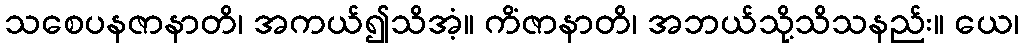
သစေပနဇာနာတိ၊ အကယ်၍သိအံ့။ ကိံဇာနာတိ၊ အဘယ်သို့သိသနည်း။ ယေ၊